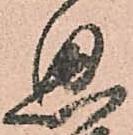
思